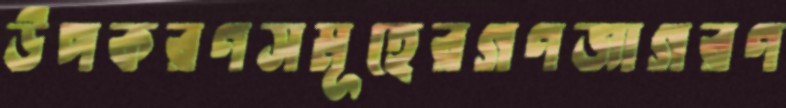
উপকরণসমূহেরগণজাগরণ